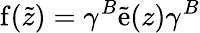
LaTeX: \mathrm{f}(\tilde{z})=\gamma^{B}\tilde{\mathrm{e}}(z)\gamma^{B}